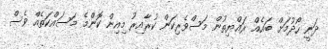
ދަނީ ހޯދުމަށް ބައެއް ރައްޔިތުން މަސްވެރިކަން ކުރާއިރު މިއިން ކޮންމެ މަސައްކަތެއް ވެސް